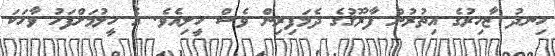
ހިނދު ޒާހިރުގެ އިތުރުން ފާރޫޤުގެ ދެމަފިރިން ވެސް ހީލިއެވެ. އެ ހީލުމަށްފަހު ވާހަކަ